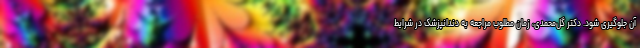
آن جلوگیری شود. دکتر گل‌محمدی، زمان مطلوب مراجعه به دندانپزشک در شرایط